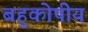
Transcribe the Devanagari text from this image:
बहुकोषीय